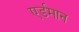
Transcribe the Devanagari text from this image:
एर्डमान